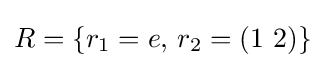
R=\{r_{1}=e,\,r_{2}=(1\ 2)\}